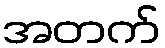
အတက်